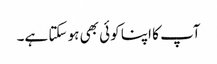
آپ کا اپنا کوئی بھی ہو سکتا ہے۔